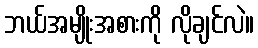
ဘယ်အမျိုးအစားကို လိုချင်လဲ။